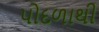
પોદળાથી